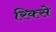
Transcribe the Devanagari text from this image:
रिक्से